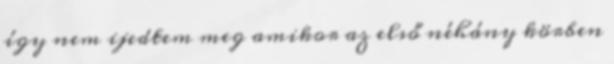
így nem ijedtem meg amikor az első néhány körben